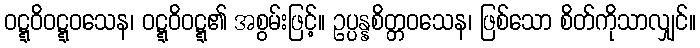
ဝဋ္ဋဝိဝဋ္ဋဝသေန၊ ဝဋ္ဋဝိဝဋ္ဋ၏ အစွမ်းဖြင့်။ ဥပ္ပန္နစိတ္တဝသေန၊ ဖြစ်သော စိတ်ကိုသာလျှင်။